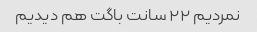
نمردیم ۲۲ سانت باگت هم دیدیم